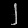
Digit: ၂